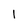
Character: 1